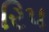
રિપ